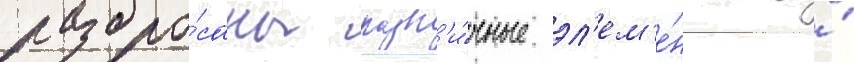
разбро́саны разл'и́чные эл'ем'е́нты и́